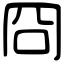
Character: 冏